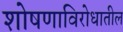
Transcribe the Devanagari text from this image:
शोषणाविरोधातील